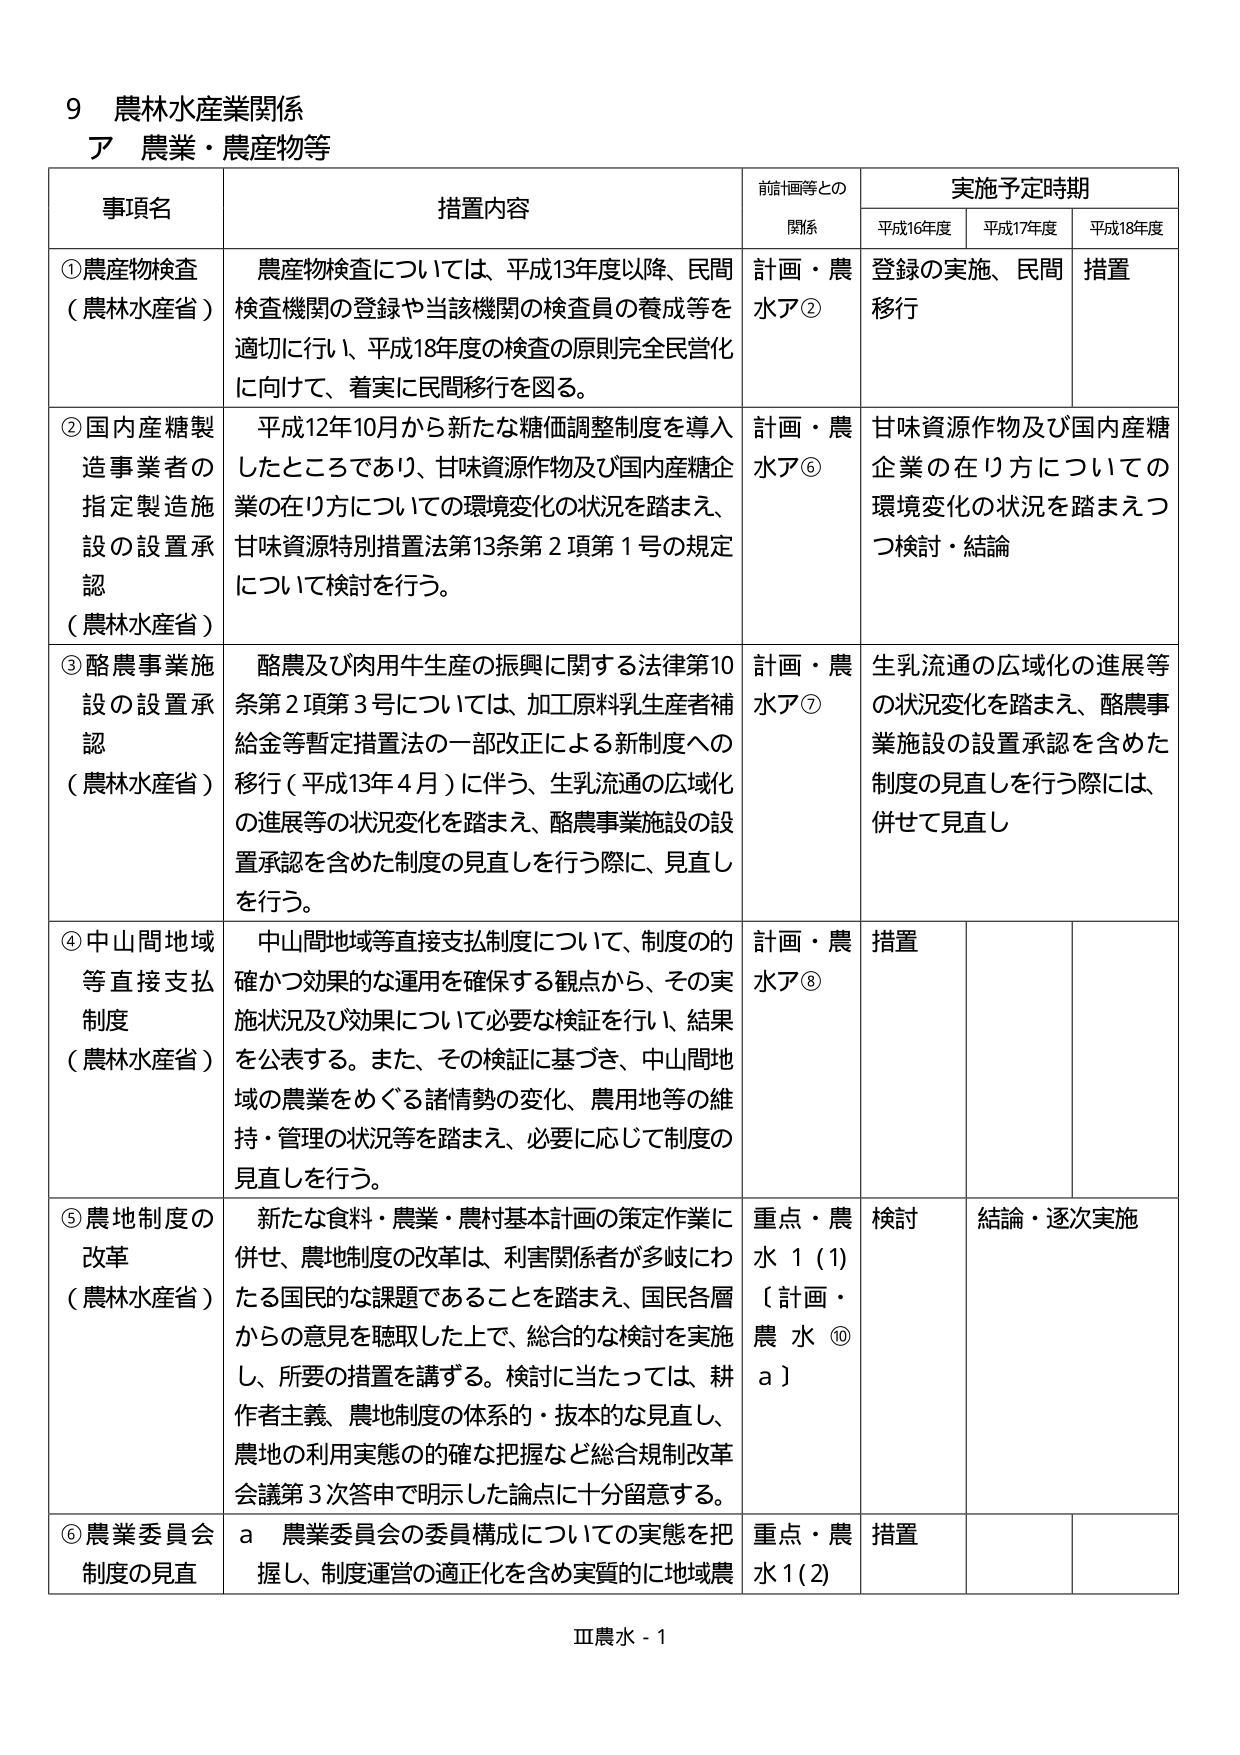
9 農林水産業関係
ア 農業・農産物等

事項名